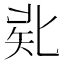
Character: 𠤜